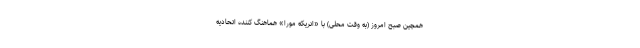
همچین صبح امروز (به وقت محلی) با «انریکه مورا» هماهنگ کننده اتحادیه